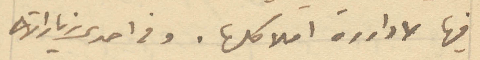
فيها لاداررة املاكها. وفي احدى زياراته